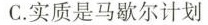
C.实质是马歇尔计划